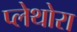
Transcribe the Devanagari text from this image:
प्लेथोरा